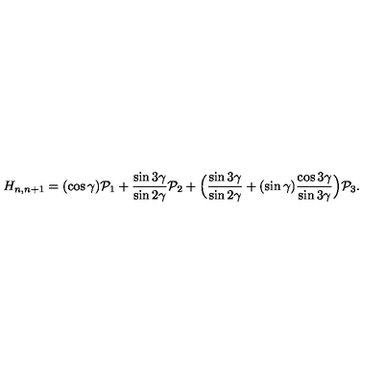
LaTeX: H _ { n , n + 1 } = ( \cos \gamma ) { \cal P } _ { 1 } + \frac { \sin 3 \gamma } { \sin 2 \gamma } { \cal P } _ { 2 } + \Bigl ( \frac { \sin 3 \gamma } { \sin 2 \gamma } + ( \sin \gamma ) \frac { \cos 3 \gamma } { \sin 3 \gamma } \Bigr ) { \cal P } _ { 3 } .